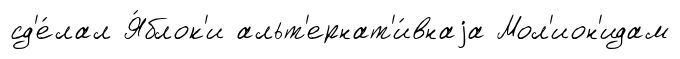
сд'е́лал Я́блок'и альт'ернат'и́внаjа Мол'ион'идам